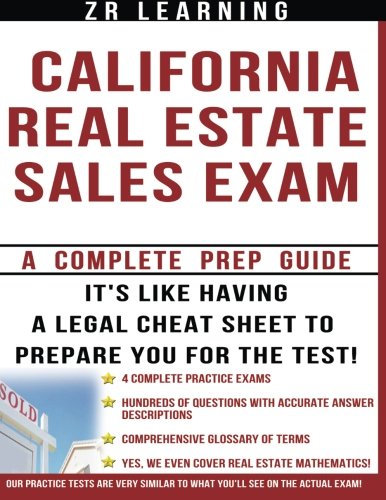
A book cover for California Real Estate Sales Exam: A Complete Prep Guide; ZR Learning; Business & Money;